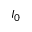
I _ { 0 }